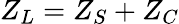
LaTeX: Z_{L}=Z_{S}+Z_{C}